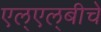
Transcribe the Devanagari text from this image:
एल्‌एल्‌बीचे